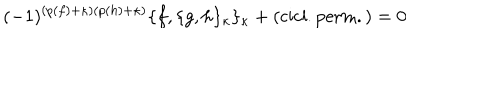
LaTeX: ( - 1 ) ^ { ( p ( f ) + \kappa ) ( p ( h ) + \kappa ) } \{ f , \{ g , h \} _ { \kappa } \} _ { \kappa } + \mathrm { { ( c i c l . p e r m . ) } } = 0